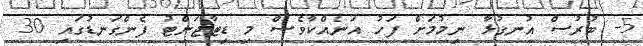
5- ބުރުސް އުނގުޅާ ނިމުމަށް ފަހު އަނެއްކާވެސް މި ޑިޓާޖަންޓު ފެންގަނޑުގައި 30